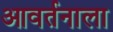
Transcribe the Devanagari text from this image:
आवर्तनाला